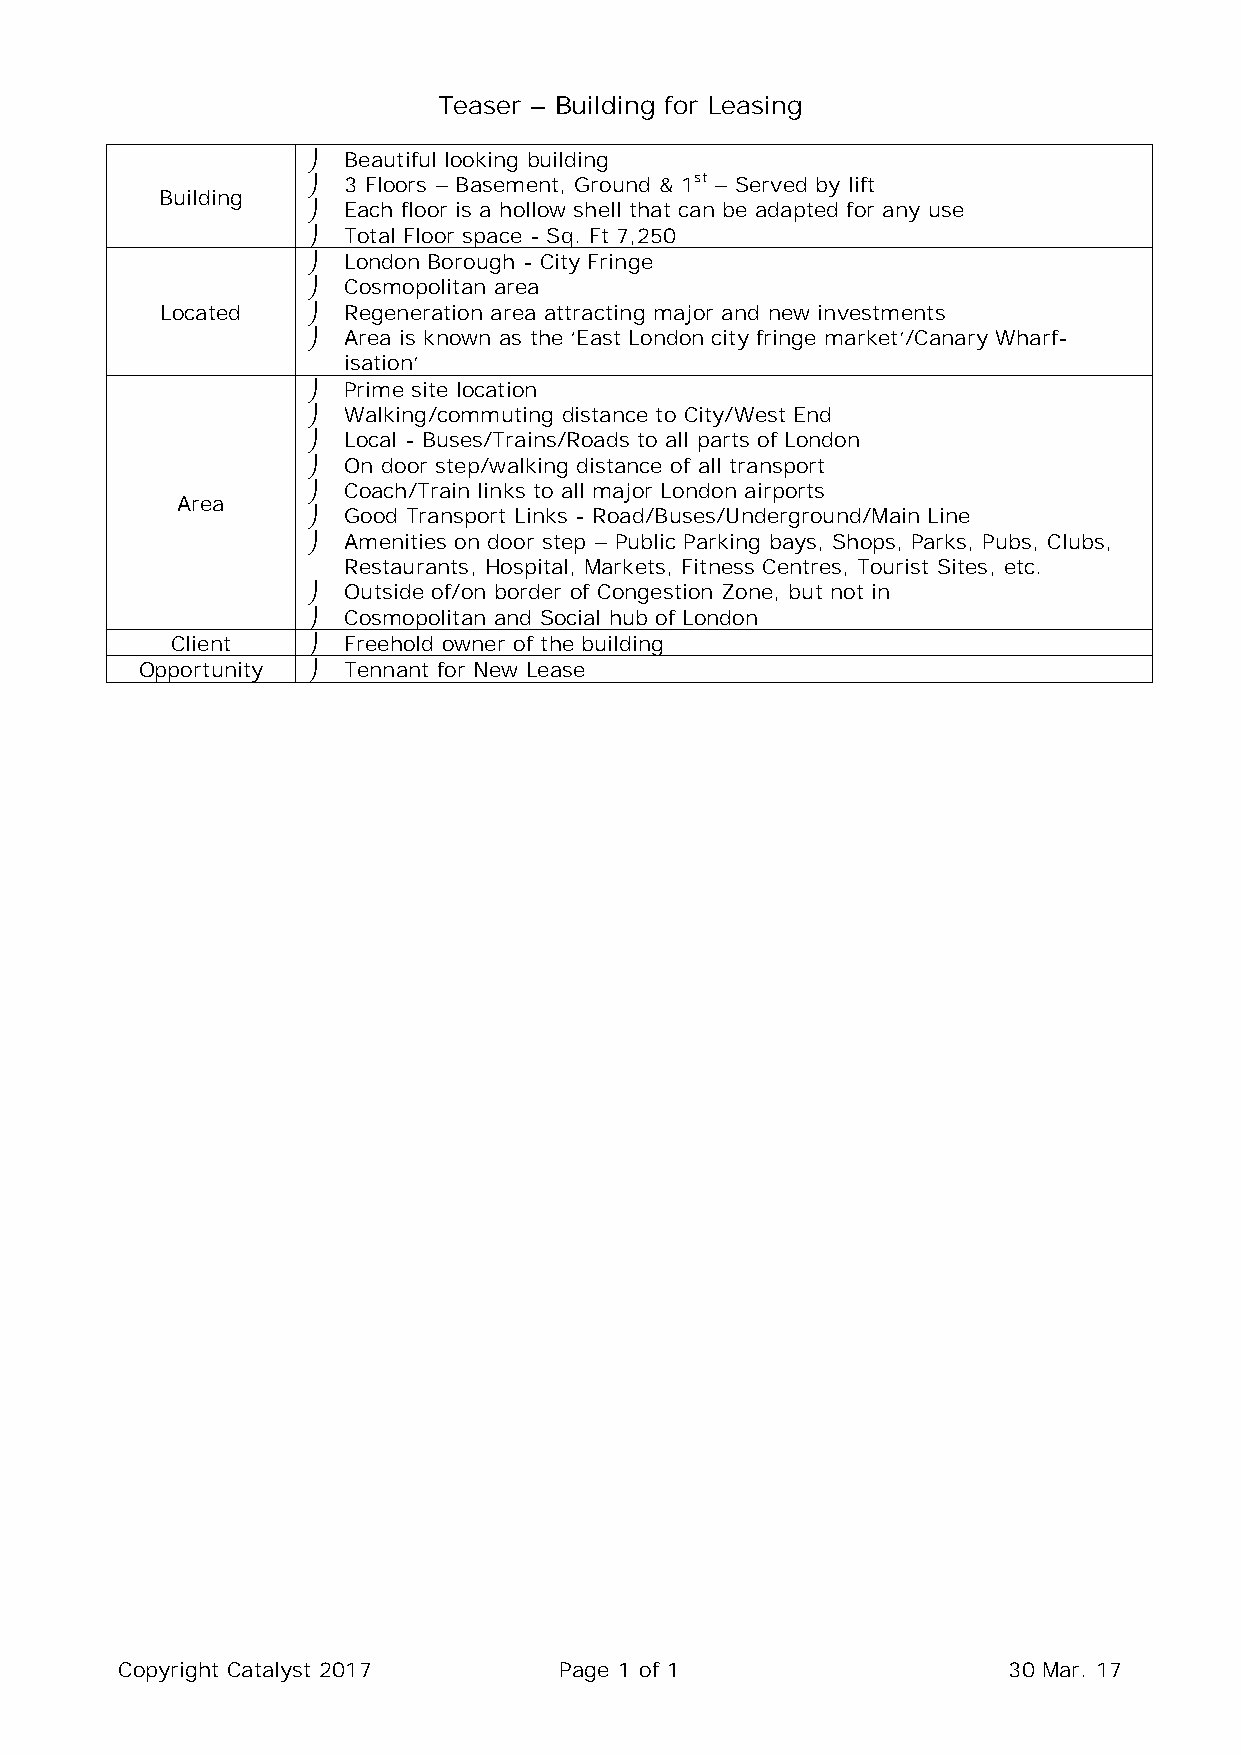
Teaser – Building for Leasing
   Beautiful looking building
   3 Floors – Basement, Ground & 1st – Served by lift
 Building
   Each floor is a hollow shell that can be adapted for any use
   Total Floor space - Sq. Ft 7,250
   London Borough - City Fringe
   Cosmopolitan area
 Located    Regeneration area attracting major and new investments
   Area is known as the ‘East London city fringe market’/Canary Wharf-
 isation’
   Prime site location
   Walking/commuting distance to City/West End
   Local - Buses/Trains/Roads to all parts of London
   On door step/walking distance of all transport
   Coach/Train links to all major London airports
 Area
   Good Transport Links - Road/Buses/Underground/Main Line
   Amenities on door step – Public Parking bays, Shops, Parks, Pubs, Clubs,
 Restaurants, Hospital, Markets, Fitness Centres, Tourist Sites, etc.
   Outside of/on border of Congestion Zone, but not in
   Cosmopolitan and Social hub of London
 Client     Freehold owner of the building
 Opportunity  Tennant for New Lease
 Copyright Catalyst 2017      Page 1 of 1                   30 Mar. 17